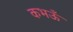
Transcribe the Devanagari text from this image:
कभऊँ